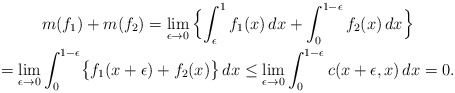
\begin{gather*}m(f_1)+m(f_2)=\lim_{\epsilon\rightarrow 0}\,\Bigl\{\int_\epsilon^1f_1(x)\,dx+\int_0^{1-\epsilon}f_2(x)\,dx\Bigr\}\\=\lim_{\epsilon\rightarrow 0}\int_0^{1-\epsilon}\bigl\{f_1(x+\epsilon)+f_2(x)\bigr\}\,dx\le\lim_{\epsilon\rightarrow 0}\int_0^{1-\epsilon}c(x+\epsilon,x)\,dx=0.\end{gather*}